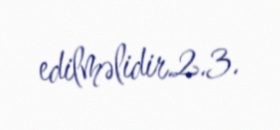
edilməlidir.2.3.